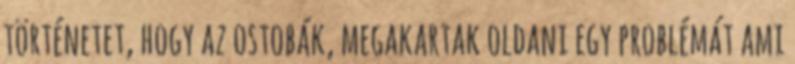
történetet, hogy az ostobák, megakartak oldani egy problémát ami